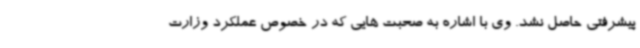
پیشرفتی حاصل نشد. ‌وی با اشاره به صحبت هایی که در خصوص عملکرد وزارت